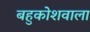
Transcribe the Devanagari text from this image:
बहुकोशवाला